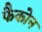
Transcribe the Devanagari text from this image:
फैकोन